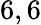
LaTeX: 6,6